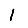
Digit: 1